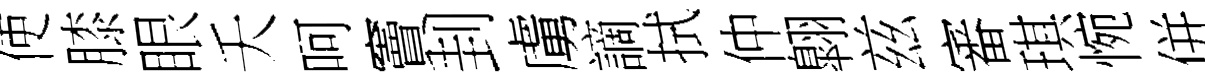
使膝眼夭呵竇刲虜謫拭仲翺兹審琪惋併冱